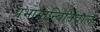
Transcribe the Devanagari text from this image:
प्रभावान्वितिवाले